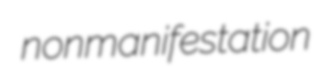
nonmanifestation